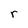
Character: r